Report of the Indian Hemp Drugs Commission, 1894-1895 - Volume I
Year: 1894
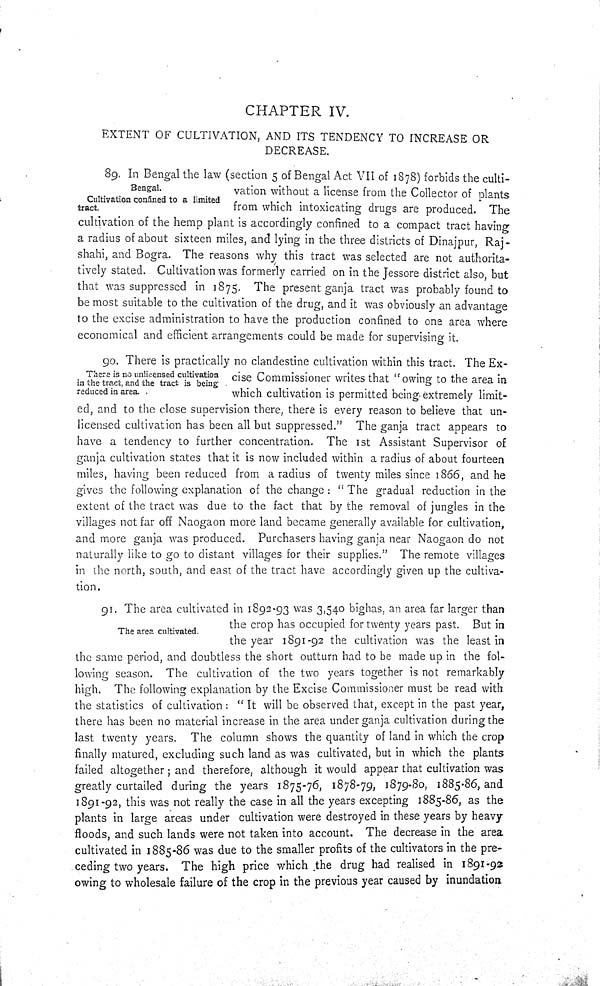
CHAPTER IV.
EXTENT OF CULTIVATION, AND ITS TENDENCY TO INCREASE OR
DECREASE.
Bengal.
Cultivation confined to a limited
tract.
89. In Bengal the law (section 5 of Bengal Act VII of 1878) forbids the culti-
vation without a license from the Collector of plants
from which intoxicating drugs are produced. The
cultivation of the hemp plant is accordingly confined to a compact tract having
a radius of about sixteen miles, and lying in the three districts of Dinajpur, Raj-
shahi, and Bogra. The reasons why this tract was selected are not authorita-
tively stated. Cultivation was formerly carried on in the Jessore district also, but
that was suppressed in 1875. The present ganja tract was probably found to
be most suitable to the cultivation of the drug, and it was obviously an advantage
to the excise administration to have the production confined to one area where
economical and efficient arrangements could be made for supervising it.
There is no unlicensed cultivation
in the tract, and the tract is being
reduced in area.
90. There is practically no clandestine cultivation within this tract. The Ex-
cise Commissioner writes that "owing to the area in
which cultivation is permitted being extremely limit-
ed, and to the close supervision there, there is every reason to believe that un-
licensed cultivation has been all but suppressed." The ganja tract appears to
have a tendency to further concentration. The 1st Assistant Supervisor of
ganja cultivation states that it is now included within a radius of about fourteen
miles, having been reduced from a radius of twenty miles since 1866, and he
gives the following explanation of the change: "The gradual reduction in the
extent of the tract was due to the fact that by the removal of jungles in the
villages not far off Naogaon more land became generally available for cultivation,
and more ganja was produced. Purchasers having ganja near Naogaon do not
naturally like to go to distant villages for their supplies." The remote villages
in the north, south, and east of the tract have accordingly given up the cultiva-
tion.
The area cultivated.
91. The area cultivated in 1892-93 was 3,540 bighas, an area far larger than
the crop has occupied for twenty years past. But in
the year 1891-92 the cultivation was the least in
the same period, and doubtless the short outturn had to be made up in the fol-
lowing season. The cultivation of the two years together is not remarkably
high. The following explanation by the Excise Commissioner must be read with
the statistics of cultivation: "It will be observed that, except in the past year,
there has been no material increase in the area under ganja cultivation during the
last twenty years. The column shows the quantity of land in which the crop
finally matured, excluding such land as was cultivated, but in which the plants
failed altogether; and therefore, although it would appear that cultivation was
greatly curtailed during the years 1875-76, 1878-79, 1879-80, 1885-86, and
1891-92, this was not really the case in all the years excepting 1885-86, as the
plants in large areas under cultivation were destroyed in these years by heavy
floods, and such lands were not taken into account. The decrease in the area
cultivated in 1885-86 was due to the smaller profits of the cultivators in the pre-
ceding two years. The high price which the drug had realised in 1891-92
owing to wholesale failure of the crop in the previous year caused by inundation